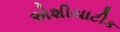
એશીયાટીક